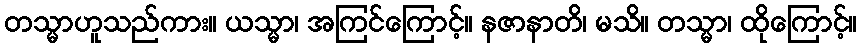
တသ္မာဟူသည်ကား။ ယသ္မာ၊ အကြင်ကြောင့်။ နဇာနာတိ၊ မသိ။ တသ္မာ၊ ထိုကြောင့်။